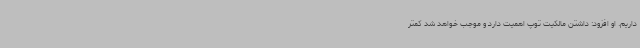
داریم. او افزود: داشتن مالکیت توپ اهمیت دارد و موجب خواهد شد کمتر